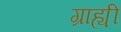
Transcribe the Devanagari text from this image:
ग्राह्यी